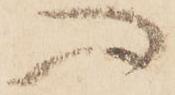
心